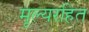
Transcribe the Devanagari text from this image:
मूल्यरहित